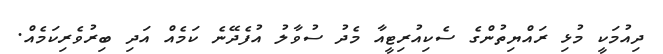
ދިއުމަކީ މުޅި ރައްޔިތުންގެ ސެކިއުރިޓީއާ މެދު ސުވާލު އުފެދޭނެ ކަމެއް އަދި ބިރުވެރިކަމެއް.